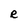
Character: R